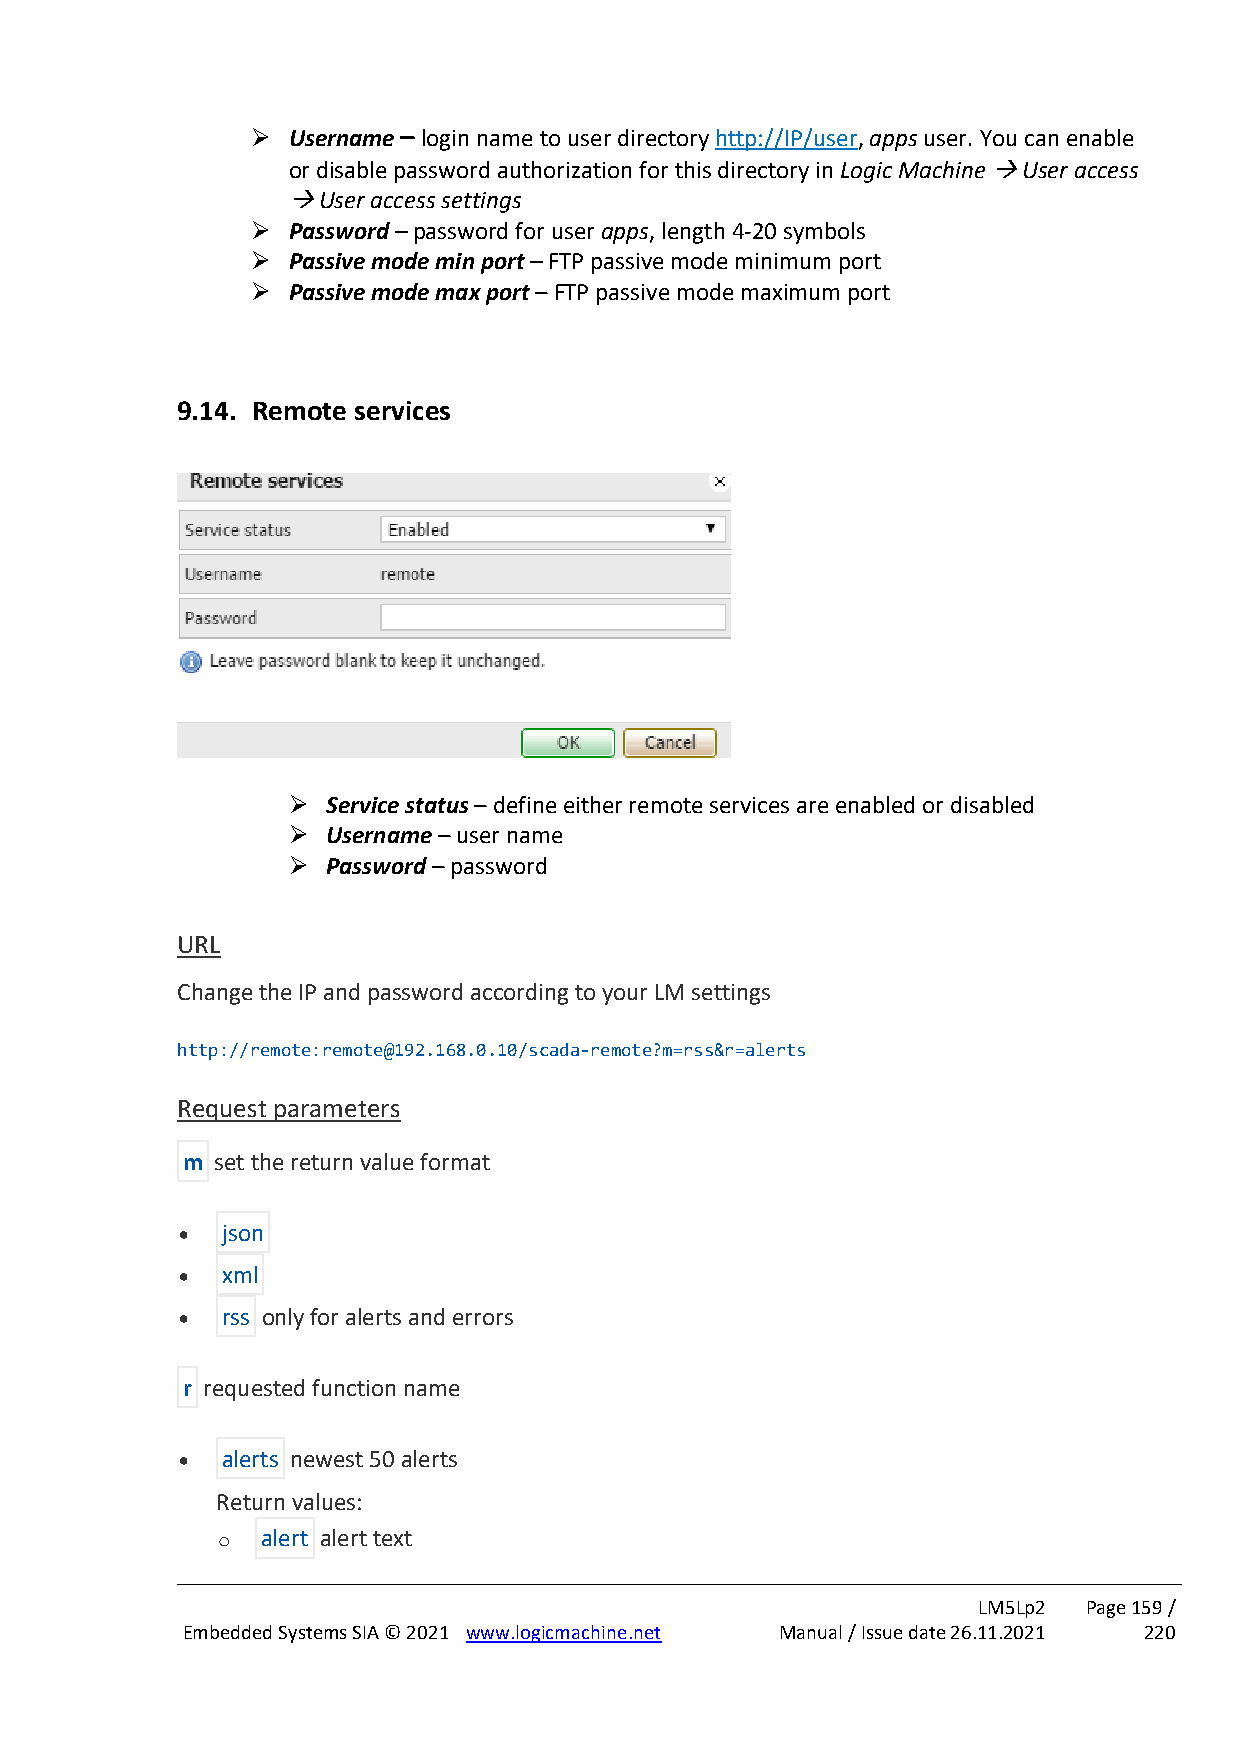
➢ Username – login name to user directory http://IP/user, apps user. You can enable
 or disable password authorization for this directory in Logic Machine → User access
 → User access settings
 ➢ Password – password for user apps, length 4-20 symbols
 ➢ Passive mode min port – FTP passive mode minimum port
 ➢ Passive mode max port – FTP passive mode maximum port
 9.14. Remote services
 ➢  Service status – define either remote services are enabled or disabled
 ➢  Username – user name
 ➢  Password – password
 URL
 Change the IP and password according to your LM settings
 http://remote:remote@192.168.0.10/scada-remote?m=rss&r=alerts
 Request parameters
 m set the return value format
 •  json
 •  xml
 •  rss only for alerts and errors
 r requested function name
 •  alerts newest 50 alerts
 Return values:
 o  alert alert text
 LM5Lp2 Page 159 /
 Embedded Systems SIA © 2021 www.logicmachine.net Manual / Issue date 26.11.2021 220